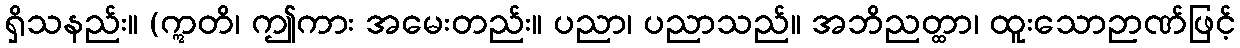
ရှိသနည်း။ (ဣတိ၊ ဤကား အမေးတည်း။ ပညာ၊ ပညာသည်။ အဘိညတ္ထာ၊ ထူးသောဉာဏ်ဖြင့်